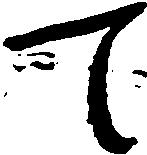
て